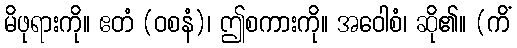
မိဖုရားကို။ ဧတံ (ဝစနံ)၊ ဤစကားကို။ အဝေါစံ၊ ဆို၏။ (ကိံ